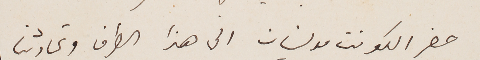
حضر الكونت مولينان الى هذا الطرف وتحادثنا